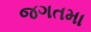
જગતમા